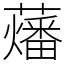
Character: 䕰